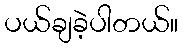
ပယ်ချခဲ့ပါတယ်။